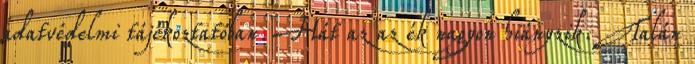
adatvédelmi tájékoztatóban. Hát az az ék nagyon hiányzik. Talán